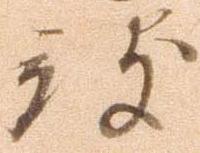
被